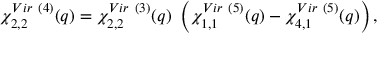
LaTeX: \chi _ { 2 , 2 } ^ { V i r ~ ( 4 ) } ( q ) = \chi _ { 2 , 2 } ^ { V i r ~ ( 3 ) } ( q ) { } ~ \left( \chi _ { 1 , 1 } ^ { V i r ~ ( 5 ) } ( q ) - \chi _ { 4 , 1 } ^ { V i r ~ ( 5 ) } ( q ) \right) ,